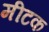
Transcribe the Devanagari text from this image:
मीटक